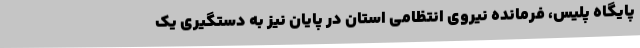
پایگاه پلیس، فرمانده نیروی انتظامی استان در پایان نیز به دستگیری یک